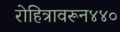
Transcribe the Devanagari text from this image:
रोहित्रावरून४४०